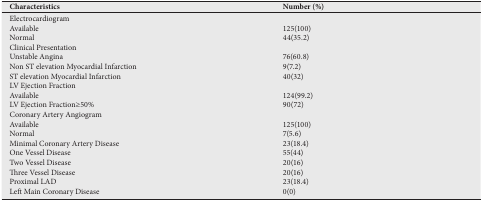
<table><thead><tr><td><b>Characteristics</b></td><td><b>Number (%)</b></td></tr></thead><tbody><tr><td>Electrocardiogram</td><td></td></tr><tr><td>Available</td><td>125(100)</td></tr><tr><td>Normal</td><td>44(35.2)</td></tr><tr><td>Clinical Presentation</td><td></td></tr><tr><td>Unstable Angina</td><td>76(60.8)</td></tr><tr><td>Non ST elevation Myocardial Infarction</td><td>9(7.2)</td></tr><tr><td>ST elevation Myocardial Infarction</td><td>40(32)</td></tr><tr><td>LV Ejection Fraction</td><td></td></tr><tr><td>Available</td><td>124(99.2)</td></tr><tr><td>LV Ejection Fraction≥50%</td><td>90(72)</td></tr><tr><td>Coronary Artery Angiogram</td><td></td></tr><tr><td>Available</td><td>125(100)</td></tr><tr><td>Normal</td><td>7(5.6)</td></tr><tr><td>Minimal Coronary Artery Disease</td><td>23(18.4)</td></tr><tr><td>One Vessel Disease</td><td>55(44)</td></tr><tr><td>Two Vessel Disease</td><td>20(16)</td></tr><tr><td>Three Vessel Disease</td><td>20(16)</td></tr><tr><td>Proximal LAD</td><td>23(18.4)</td></tr><tr><td>Left Main Coronary Disease</td><td>0(0)</td></tr></tbody></table>